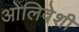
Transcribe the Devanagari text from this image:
ओलिवेशी